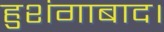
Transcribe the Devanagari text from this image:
हुशंगाबाद।